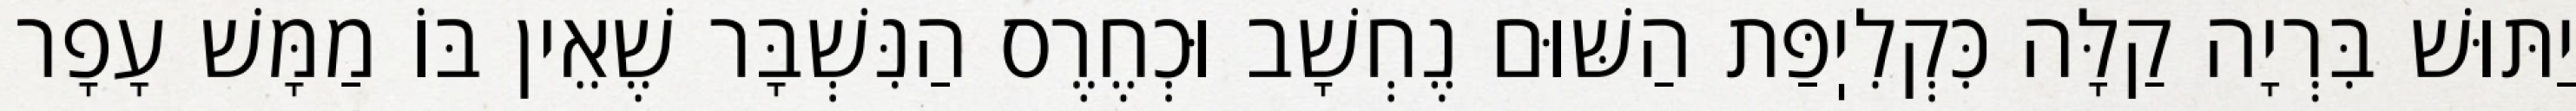
יַתּוּשׁ בִּרְיָה קַלָּה כִּקְלִיֽפַּת הַשּׁוּם נֶחְשָׁב וּכְחֶרֶס הַנִּשְׁבָּר שֶׁאֵין בּוֹ מַמָּשׁ עָפָר